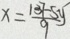
x = \frac { 1 3 7 - 5 y } { 9 }